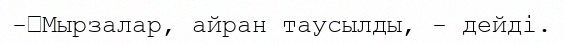
-	Мырзалар, айран таусылды, - дейді.